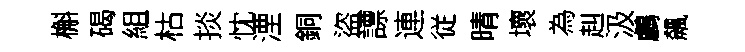
槲碣組枯掞忱湮銅盜謤連従晴壞為赳汲鸕飆